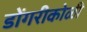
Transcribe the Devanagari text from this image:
डोंगरीकोळी